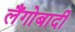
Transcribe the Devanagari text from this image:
लैंगोबार्दी